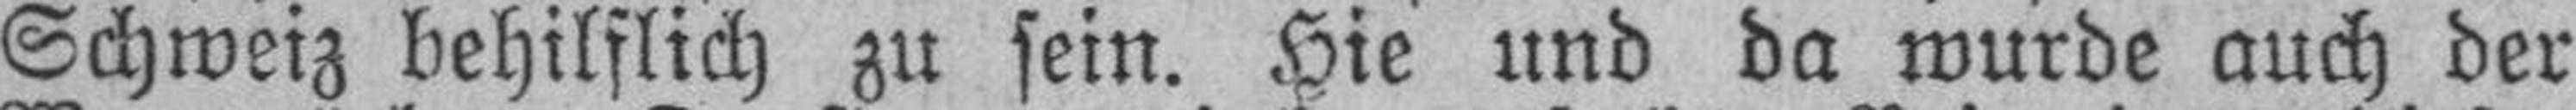
Schweiz behilflich zu sein. Hie und da wurde auch der